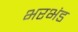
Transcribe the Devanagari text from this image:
भरभंड